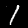
Digit: 1